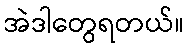
အဲဒါတွေရတယ်။